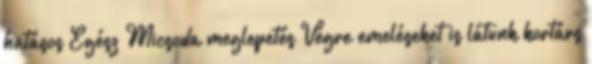
hatásos Egész Micsoda meglepetés Végre emeléseket is látunk kortárs